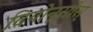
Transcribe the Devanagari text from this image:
दियोनूसोस्